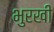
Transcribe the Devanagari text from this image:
भुरखी